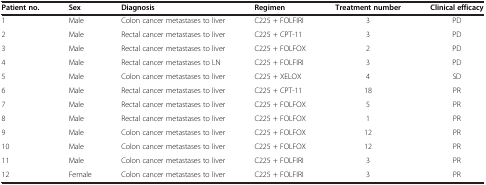
<table><thead><tr><td><b>Patient no.</b></td><td><b>Sex</b></td><td><b>Diagnosis</b></td><td><b>Regimen</b></td><td><b>Treatment number</b></td><td><b>Clinical efficacy</b></td></tr></thead><tbody><tr><td>1</td><td>Male</td><td>Colon cancer metastases to liver</td><td>C225 + FOLFIRI</td><td>3</td><td>PD</td></tr><tr><td>2</td><td>Male</td><td>Rectal cancer metastases to liver</td><td>C225 + CPT-11</td><td>3</td><td>PD</td></tr><tr><td>3</td><td>Male</td><td>Rectal cancer metastases to liver</td><td>C225 + FOLFOX</td><td>2</td><td>PD</td></tr><tr><td>4</td><td>Male</td><td>Rectal cancer metastases to LN</td><td>C225 + FOLFIRI</td><td>3</td><td>PD</td></tr><tr><td>5</td><td>Male</td><td>Colon cancer metastases to liver</td><td>C225 + XELOX</td><td>4</td><td>SD</td></tr><tr><td>6</td><td>Male</td><td>Rectal cancer metastases to liver</td><td>C225 + CPT-11</td><td>18</td><td>PR</td></tr><tr><td>7</td><td>Male</td><td>Rectal cancer metastases to liver</td><td>C225 + FOLFOX</td><td>5</td><td>PR</td></tr><tr><td>8</td><td>Male</td><td>Rectal cancer metastases to liver</td><td>C225 + FOLFOX</td><td>1</td><td>PR</td></tr><tr><td>9</td><td>Male</td><td>Colon cancer metastases to liver</td><td>C225 + FOLFOX</td><td>12</td><td>PR</td></tr><tr><td>10</td><td>Male</td><td>Colon cancer metastases to liver</td><td>C225 + FOLFOX</td><td>12</td><td>PR</td></tr><tr><td>11</td><td>Male</td><td>Colon cancer metastases to liver</td><td>C225 + FOLFIRI</td><td>3</td><td>PR</td></tr><tr><td>12</td><td>Female</td><td>Colon cancer metastases to liver</td><td>C225 + FOLFIRI</td><td>3</td><td>PR</td></tr></tbody></table>